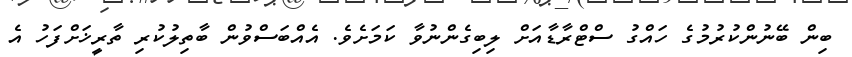
ބިން ބޭނުންކުރުމުގެ ހައްގު ސްޓްރާޑާއަށް ލިބިގެންނުވާ ކަމަށެވެ. އެއްބަސްވުން ބާތިލުކުރި ތާރީޚަށްފަހު އެ